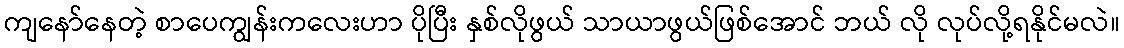
ကျနော်နေတဲ့ စာပေကျွန်းကလေးဟာ ပိုပြီး နှစ်လိုဖွယ် သာယာဖွယ်ဖြစ်အောင် ဘယ် လို လုပ်လို့ရနိုင်မလဲ။